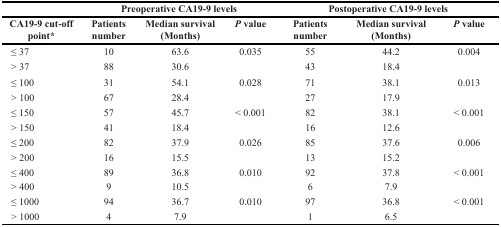
<table><thead><tr><td></td><td colspan="3"><b>Preoperative CA19-9 levels</b></td><td colspan="3"><b>Postoperative CA19-9 levels</b></td></tr><tr><td><b>CA19-9 cut-off point*</b></td><td><b>Patients number</b></td><td><b>Median survival (Months)</b></td><td><b><i>P</i> value</b></td><td><b>Patients number</b></td><td><b>Median survival (Months)</b></td><td><b><i>P</i> value</b></td></tr></thead><tbody><tr><td>≤ 37</td><td>10</td><td>63.6</td><td>0.035</td><td>55</td><td>44.2</td><td>0.004</td></tr><tr><td>&gt; 37</td><td>88</td><td>30.6</td><td></td><td>43</td><td>18.4</td><td></td></tr><tr><td>≤ 100</td><td>31</td><td>54.1</td><td>0.028</td><td>71</td><td>38.1</td><td>0.013</td></tr><tr><td>&gt; 100</td><td>67</td><td>28.4</td><td></td><td>27</td><td>17.9</td><td></td></tr><tr><td>≤ 150</td><td>57</td><td>45.7</td><td>&lt; 0.001</td><td>82</td><td>38.1</td><td>&lt; 0.001</td></tr><tr><td>&gt; 150</td><td>41</td><td>18.4</td><td></td><td>16</td><td>12.6</td><td></td></tr><tr><td>≤ 200</td><td>82</td><td>37.9</td><td>0.026</td><td>85</td><td>37.6</td><td>0.006</td></tr><tr><td>&gt; 200</td><td>16</td><td>15.5</td><td></td><td>13</td><td>15.2</td><td></td></tr><tr><td>≤ 400</td><td>89</td><td>36.8</td><td>0.010</td><td>92</td><td>37.8</td><td>&lt; 0.001</td></tr><tr><td>&gt; 400</td><td>9</td><td>10.5</td><td></td><td>6</td><td>7.9</td><td></td></tr><tr><td>≤ 1000</td><td>94</td><td>36.7</td><td>0.010</td><td>97</td><td>36.8</td><td>&lt; 0.001</td></tr><tr><td>&gt; 1000</td><td>4</td><td>7.9</td><td></td><td>1</td><td>6.5</td><td></td></tr></tbody></table>